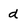
Character: d